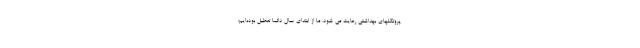
پروتکلهای بهداشتی رعایت می شود. ما از ابتدای سال دائما تعطیل بوده‌ایم؛